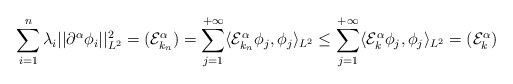
\begin{align*}\sum_{i=1}^n \lambda_i ||\partial^{\alpha}\phi_i||_{L^2}^2 = (\mathcal{E}_{k_n}^{\alpha}) = \sum_{j=1}^{+\infty} \langle \mathcal{E}_{k_n}^{\alpha}\phi_j,\phi_j\rangle_{L^2} \leq \sum_{j=1}^{+\infty} \langle \mathcal{E}_{k}^{\alpha}\phi_j,\phi_j\rangle_{L^2} = (\mathcal{E}_{k}^{\alpha}) \end{align*}